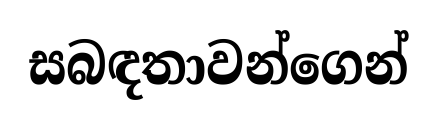
සබඳතාවන්ගෙන්